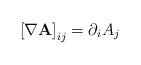
LaTeX: \begin{align*}\left[\nabla\mathbf{A}\right]_{ij}=\partial_{i}A_{j}\end{align*}